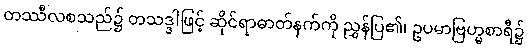
တဿီလစသည်၌ တသဒ္ဒါဖြင့် ဆိုင်ရာဓာတ်နက်ကို ညွှန်ပြ၏၊ ဥပမာဗြဟ္မစာရီ၌